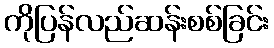
ကိုပြန်လည်ဆန်းစစ်ခြင်း